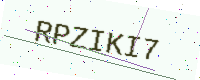
Text: RPZIKI7